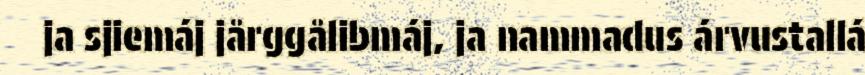
ja sjiemáj jårggålibmáj, ja nammadus árvustallá